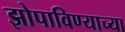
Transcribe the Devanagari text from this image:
झोपाविण्याच्या